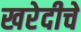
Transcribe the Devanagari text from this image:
खरेदीचे